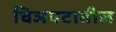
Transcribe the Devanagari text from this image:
चिञपटातील